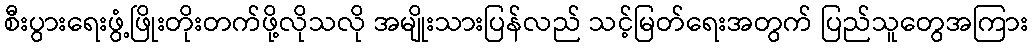
စီးပွားရေးဖွံ့ဖြိုးတိုးတက်ဖို့လိုသလို အမျိုးသားပြန်လည် သင့်မြတ်ရေးအတွက် ပြည်သူတွေအကြား